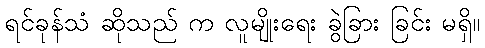
ရင်ခုန်သံ ဆိုသည် က လူမျိုးရေး ခွဲခြား ခြင်း မရှိ။